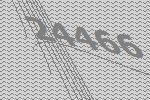
24466